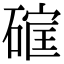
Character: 𮀳